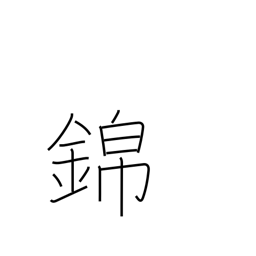
Meaning: honors